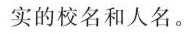
实的校名和人名。